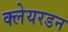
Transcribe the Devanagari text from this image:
क्लेयरडन